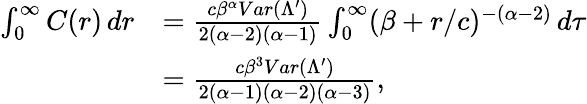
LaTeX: \begin{array}{rl}{\int_{0}^{\infty}C(r)\, dr}&{=\frac{c\beta^{\alpha}Var(\Lambda^{\prime})}{2(\alpha-2)(\alpha-1)}\int_{0}^{\infty}(\beta+r/c)^{-(\alpha-2)}\, d\tau}\\ &{=\frac{c\beta^{3}Var(\Lambda^{\prime})}{2(\alpha-1)(\alpha-2)(\alpha-3)},}\end{array}